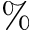
\%